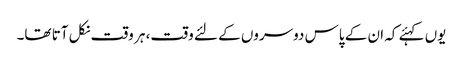
یوں کہئے کہ ان کے پاس دوسروں کے لئے وقت، ہر وقت نکل آتا تھا۔